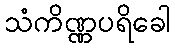
သံကိဏ္ဏပရိခေါ